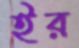
ইর